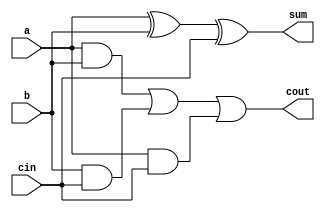
//fulladder 
module fulladd (input wire a, b, cin, output wire sum, cout);
assign sum = (a ^ b) ^ cin;
assign cout = (a & b) | (b & cin) | (a & cin);
endmodule